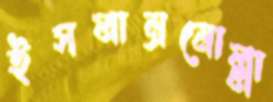
ইসলাম্রমোল্লা